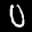
Label: 0